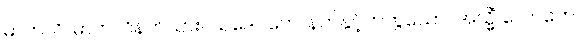
မာတလိ၊ မာတလိနတ်သား။ သဒေဝကေ၊ နတ်နှင့်တကွသော။ အသ္မိံ လောကေ၊